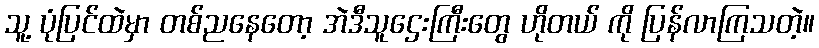
သူ့ ပုံပြင်ထဲမှာ တစ်ညနေတော့ အဲဒီသူဌေးကြီးတွေ ဟိုတယ် ကို ပြန်လာကြသတဲ့။